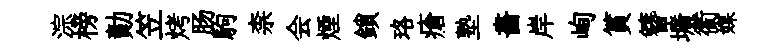
淙榜勣笠烤肠駒柰会煙鎖珞瘡塾畵岸峋篔簪壙衢媒